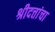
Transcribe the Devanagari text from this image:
श्रीदत्तांचा